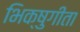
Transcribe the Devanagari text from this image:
भिक्षुगीता